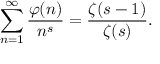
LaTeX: \sum _ { n = 1 } ^ { \infty } { \frac { \varphi ( n ) } { n ^ { s } } } = { \frac { \zeta ( s - 1 ) } { \zeta ( s ) } } .